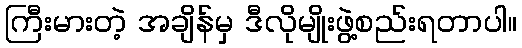
ကြီးမားတဲ့ အချိန်မှ ဒီလိုမျိုးဖွဲ့စည်းရတာပါ။